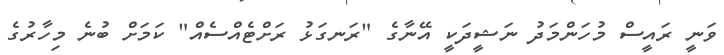
ވަނީ ރައީސް މުހަންމަދު ނަޝީދަކީ އޭނާގެ "ރަނގަޅު ރަށްޓެއްސެއް" ކަމަށް ބުނެ މިހާރުގެ